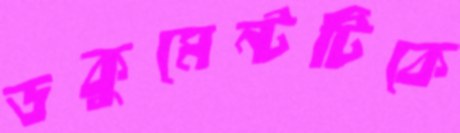
ডকুমেন্টটিকে